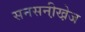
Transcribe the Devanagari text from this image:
सनसनी़खे़ज